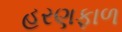
હરણફાળ